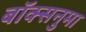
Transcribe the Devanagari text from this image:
बॉक्सनुमा